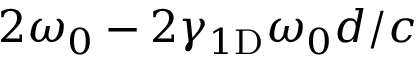
2 \omega _ { 0 } - 2 \gamma _ { 1 \mathrm { D } } \omega _ { 0 } d / c